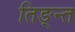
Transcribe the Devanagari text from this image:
तिङ्न्त